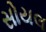
સોયલ